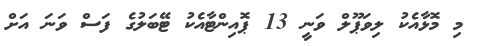
މި މޮޅާއެކު ލިވަޕޫލް ވަނީ 13 ޕޮއިންޓާއެކު ޓޭބަލުގެ ފަސް ވަނަ އަށް